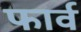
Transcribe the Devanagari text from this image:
फार्व